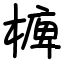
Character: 㯅